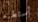
أستطيع